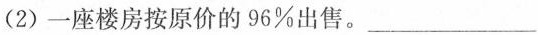
(2)一座楼房按原价的96%出售。___